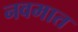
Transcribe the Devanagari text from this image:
नवमात